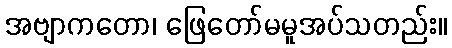
အဗျာကတော၊ ဖြေတော်မမူအပ်သတည်း။